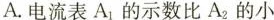
A.电流表A_{1}的示数比A_{2}的小